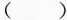
()